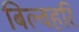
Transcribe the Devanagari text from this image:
बिल्वहरि